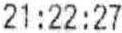
21:22:27